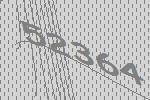
52364